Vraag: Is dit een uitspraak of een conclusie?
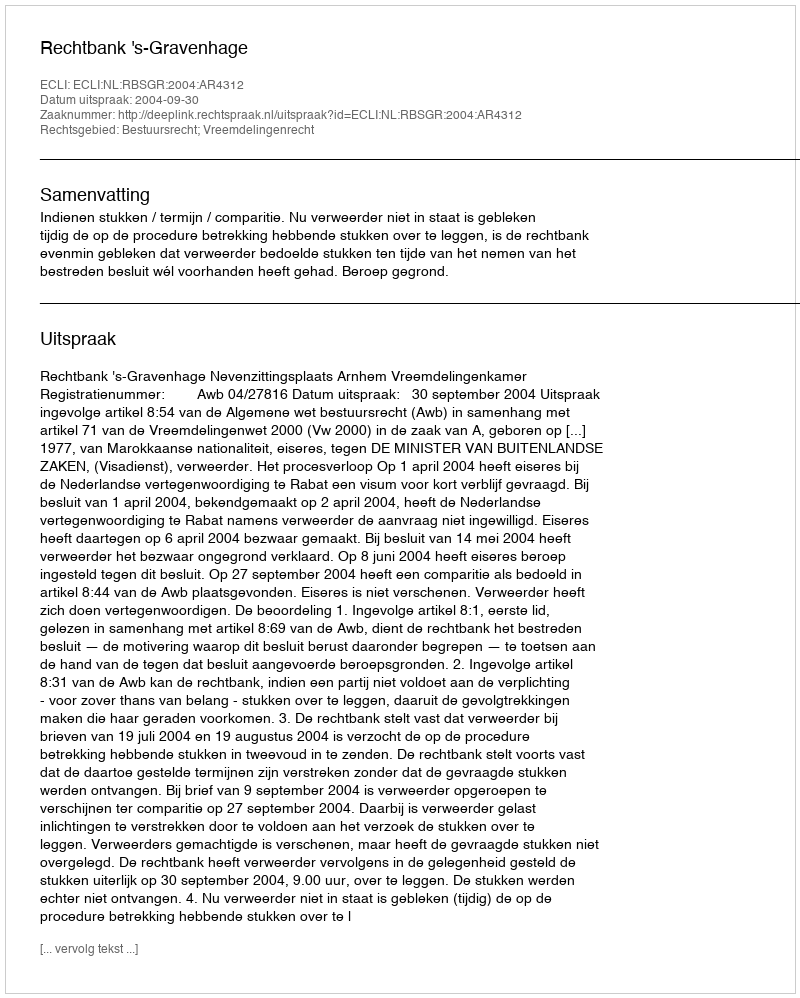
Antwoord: Uitspraak